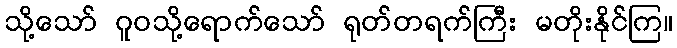
သို့သော် ဂူဝသို့ရောက်သော် ရုတ်တရက်ကြီး မတိုးနိုင်ကြ။